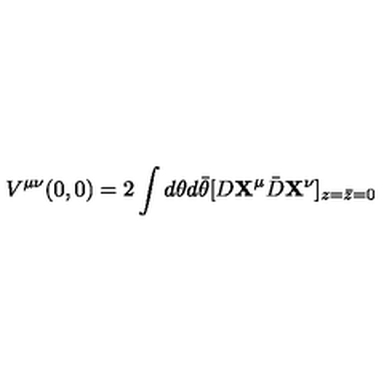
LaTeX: V ^ { \mu \nu } ( 0 , 0 ) = 2 \int d \theta d \bar { \theta } [ D { \bf X } ^ { \mu } { \bar { D } } { \bf X } ^ { \nu } ] _ { z = \bar { z } = 0 }